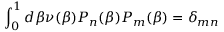
\int _ { 0 } ^ { 1 } d \beta \nu ( \beta ) P _ { n } ( \beta ) P _ { m } ( \beta ) = \delta _ { m n }